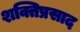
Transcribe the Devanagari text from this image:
शक्तिप्रसाद